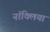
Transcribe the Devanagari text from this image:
नॉक्लिया